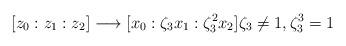
LaTeX: \begin{align*}[z_{0}:z_{1}:z_{2}]\longrightarrow [x_{0}:\zeta_{3}x_{1}:\zeta_{3}^{2}x_{2}]\zeta_{3}\neq 1, \zeta_{3}^{3}=1\end{align*}